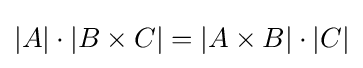
|A|\cdot |B\times C|=|A\times B|\cdot |C|